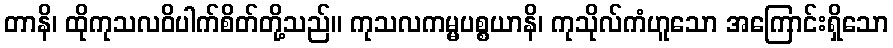
တာနိ၊ ထိုကုသလဝိပါက်စိတ်တို့သည်။ ကုသလကမ္မပစ္စယာနိ၊ ကုသိုလ်ကံဟူသော အကြောင်းရှိသော